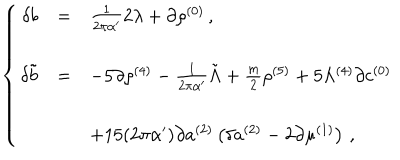
LaTeX: \left\{ \begin{array} { r c l } { { \delta b } } & { { = } } & { { \frac { 1 } { 2 \pi \alpha ^ { \prime } } 2 \lambda + \partial \rho ^ { ( 0 ) } \, , } } \\ { { } } & { { } } & { { } } \\ { { \delta \tilde { b } } } & { { = } } & { { - 5 \partial \rho ^ { ( 4 ) } - \frac { 1 } { 2 \pi \alpha ^ { \prime } } \tilde { \Lambda } + \frac { m } { 2 } \rho ^ { ( 5 ) } + 5 \Lambda ^ { ( 4 ) } \partial c ^ { ( 0 ) } } } \\ { { } } & { { } } & { { } } \\ { { } } & { { } } & { { + 1 5 ( 2 \pi \alpha ^ { \prime } ) \partial a ^ { ( 2 ) } \left( \delta a ^ { ( 2 ) } - 2 \partial \mu ^ { ( 1 ) } \right) \, , } } \\ \end{array} \right.